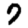
Digit: 7